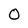
Character: O